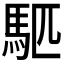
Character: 𫘇